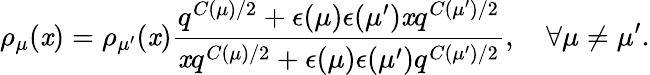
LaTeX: \rho_{\mu}(\mathit{x})=\rho_{\mu^{\prime}}(\mathit{x})\frac{{q^{C(\mu)/2}+\epsilon(\mu)\epsilon(\mu^{\prime})\mathit{x}q^{C(\mu^{\prime})/2}}}{{\mathit{x}q^{C(\mu)/2}+\epsilon(\mu)\epsilon(\mu^{\prime})q^{C(\mu^{\prime})/2}}},~~~~\forall\mu\neq\mu^{\prime}.